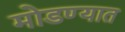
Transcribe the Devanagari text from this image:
मोडण्यात